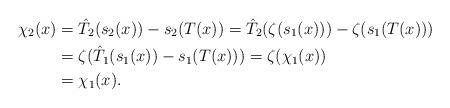
LaTeX: \begin{align*} \chi_2(x)&={\hat{T}_2}(s_2(x))-s_2(T(x))={\hat{T}_2}(\zeta(s_1(x)))-\zeta(s_1(T(x)))\\ &=\zeta({\hat{T}_1}(s_1(x))-s_1(T(x)))=\zeta(\chi_1(x))\\ &=\chi_1(x). \end{align*}